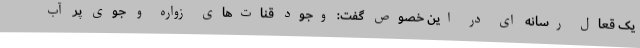
یک قعال رسانه ای در این خصوص گفت: وجود قنات‌های زواره و جوی پر آب